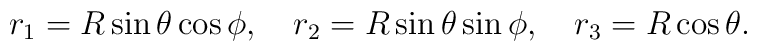
r_1 = R \sin\theta \cos\phi, \quad r_2 = R \sin\theta \sin\phi,\quad r_3 = R \cos\theta.